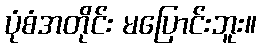
ပုံစံအတိုင်း မပြောင်းဘူး။